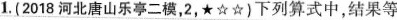
1.(2018河北唐山乐亭二模，2，★☆☆)下列算式中，结果等